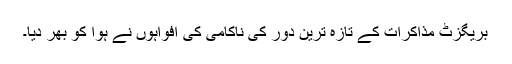
بریگزٹ مذاکرات کے تازہ ترین دور کی ناکامی کی افواہوں نے ہوا کو بھر دیا۔